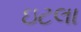
ઇટલા